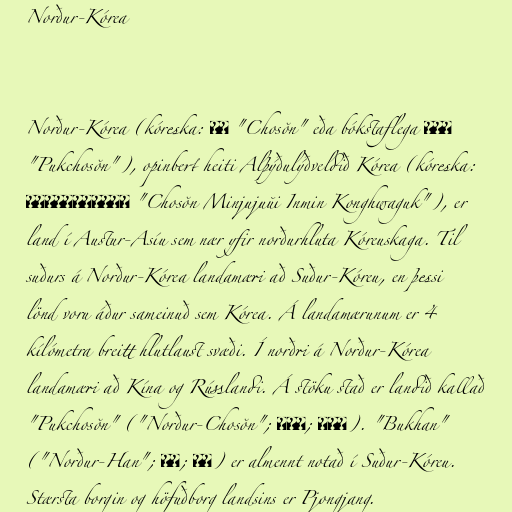
Norður-Kórea

Norður-Kórea (kóreska: 조선 "Chosŏn" eða bókstaflega 북조선
"Pukchosŏn"), opinbert heiti Alþýðulýðveldið Kórea (kóreska:
조선민주주의인민공화국 "Chosŏn Minjujuŭi Inmin Konghwaguk"), er
land í Austur-Asíu sem nær yfir norðurhluta Kóreuskaga. Til
suðurs á Norður-Kórea landamæri að Suður-Kóreu, en þessi
lönd voru áður sameinuð sem Kórea. Á landamærunum er 4
kílómetra breitt hlutlaust svæði. Í norðri á Norður-Kórea
landamæri að Kína og Rússlandi. Á stöku stað er landið kallað
"Pukchosŏn" ("Norður-Chosŏn"; 북조선; 北朝鮮). "Bukhan"
("Norður-Han"; 북한; 北韓) er almennt notað í Suður-Kóreu.
Stærsta borgin og höfuðborg landsins er Pjongjang.